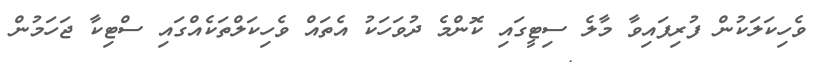
ވެހިކަލަކުން ފުރިފައިވާ މާލެ ސިޓީގައި ކޮންމެ ދުވަހަކު އެތައް ވެހިކަލްތަކެއްގައި ސްޓިކާ ޖަހަމުން